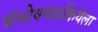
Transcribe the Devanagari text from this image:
संश्लेषणप्रकियेला